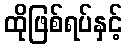
ထိုဖြစ်ရပ်နှင့်